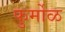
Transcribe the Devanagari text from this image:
फुर्मोळ